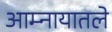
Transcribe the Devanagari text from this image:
आम्नायातले